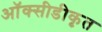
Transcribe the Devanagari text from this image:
ऑक्सीडीकृत